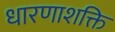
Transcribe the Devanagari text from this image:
धारणाशक्ति